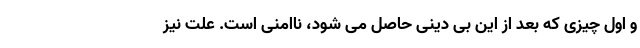
و اول چیزی که بعد از این بی دینی حاصل می شود، ناامنی است. علت نیز